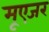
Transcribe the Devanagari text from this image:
मूएजर